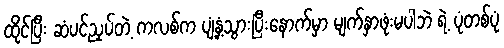
ထိုင်ပြီး ဆံပင်ညှပ်တဲ့ ကလစ်က ပျံ့နှံ့သွားပြီးနောက်မှာ မျက်နှာဖုံးမပါဘဲ ရဲ့ ပုံတစ်ပုံ